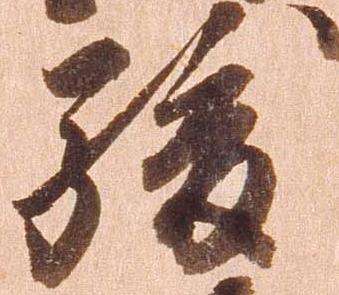
駿